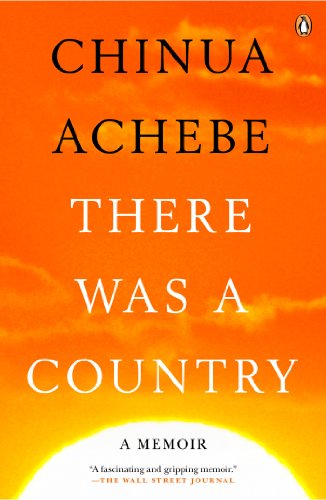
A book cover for There Was a Country: A Memoir; Chinua Achebe; Biographies & Memoirs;